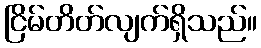
ငြိမ်တိတ်လျက်ရှိသည်။